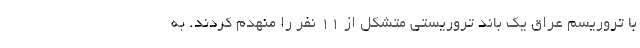
با تروریسم عراق یک باند تروریستی متشکل از ۱۱ نفر را منهدم کردند. به